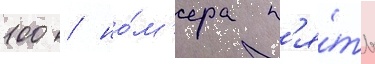
100 / но́м'ера п'я́ть